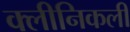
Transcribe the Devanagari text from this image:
क्लीनिकली